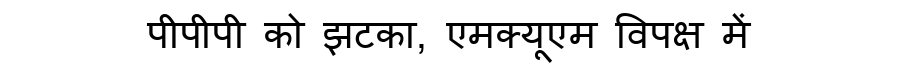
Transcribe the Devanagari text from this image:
पीपीपी को झटका, एमक्यूएम विपक्ष में